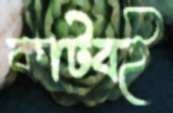
কাটবই